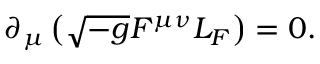
\partial _ { \mu } \left( \sqrt { - g } F ^ { \mu \nu } { \cal L } _ { \cal F } \right) = 0 .